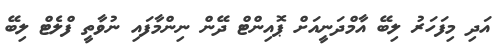
އަދި މިފަހަރު ލިބޭ އާމްދަނީއަށް ޕޮއިންޓް ދޭން ނިންމާފައި ނުވާތީ ފްލެޓް ލިބޭ